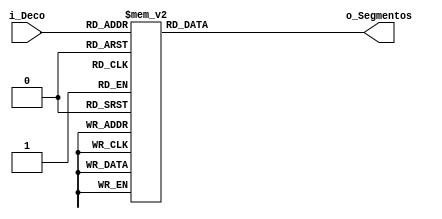
`timescale 1ns / 1ps
//////////////////////////////////////////////////////////////////////////////////
// Company:Universidad Autnoma de Zacatecas
// Engineers:
//Agustin Antonio Palafox Molina
//Jose Alfredo Hernadez Dueas
//Jesus Francisco Villaseor Correa
//Jos Roberto Novoa Lpez
//Julio ngel Prez Dvila 
// Design Name: 
//Deco_Bin_7Seg
// Module Name: Deco_Bin_7Seg
// Project Name: 
//Controlador_display_7segmentos
// Target Devices: 
// Tool Versions:2018.1
// Description: 
//El decodificador  se encargara de transformar  las variables binarias en una serie de salidas que representan un segmento que conforman un display numerico de siete de ellos.
//Al unir varios segmentos formamos o representamos un digito.
// Dependencies: 
// 
// Revision:
// Revision 0.01 - File Created
// Additional Comments:
// 
//////////////////////////////////////////////////////////////////////////////////


module DecoBin_7Seg
 (
  input [3:0] i_Deco,
    output reg [6:0] o_Segmentos
    );
    
    always@*
        begin
            case(i_Deco)
                4'd0: begin  o_Segmentos <= 7'b0000001; end
                4'd1: begin  o_Segmentos <= 7'b1001111; end
                4'd2: begin  o_Segmentos <= 7'b0010010; end
                4'd3: begin  o_Segmentos <= 7'b0000110; end
                4'd4: begin  o_Segmentos <= 7'b1001100; end
                4'd5: begin  o_Segmentos <= 7'b0100100; end
                4'd6: begin  o_Segmentos <= 7'b0100000; end
                4'd7: begin  o_Segmentos <= 7'b0001111; end
                4'd8: begin  o_Segmentos <= 7'b0000000; end
                4'd9: begin  o_Segmentos <= 7'b0000100; end
               4'd10: begin  o_Segmentos <= 7'b0001000; end
                4'd11: begin o_Segmentos <= 7'b1100000; end
                4'd12: begin o_Segmentos <= 7'b0110001; end
                4'd13: begin o_Segmentos <= 7'b1000010; end
                4'd14: begin o_Segmentos <= 7'b0110000; end
                default : begin  o_Segmentos <= 7'b0111000; end
            endcase
        end
endmodule